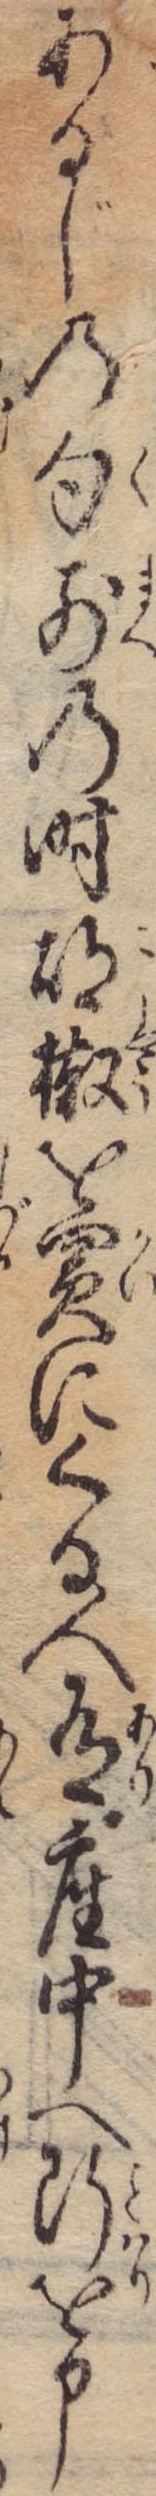
あるじの句前の時胡椒を買にくる人有座中へ断を申